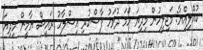
ކުއްލިއްޔާ: މަޖިލީހުން މިދިޔަ ހޯމަ ދުވަހު ފާސްކުރި އިސްލާހު ރައީސް ޔާމީން މިދިޔަ